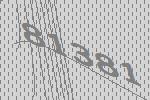
81381